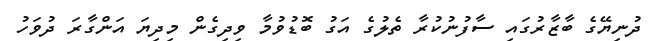
ދުނިޔޭގެ ބާޒާރުގައި ސާފުނުކުރާ ތެލުގެ އަގު ބޮޑުވުމާ ވިދިގެން މިދިޔަ އަންގާރަ ދުވަހު